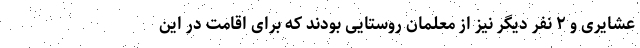
عشایری و ۲ نفر دیگر نیز از معلمان روستایی بودند که برای اقامت در این